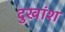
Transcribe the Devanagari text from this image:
दुखांश